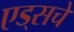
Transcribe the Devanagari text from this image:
एड्‌सचे